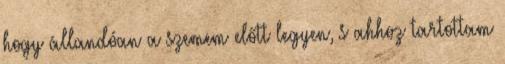
hogy állandóan a szemem előtt legyen, s ahhoz tartottam